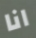
انا